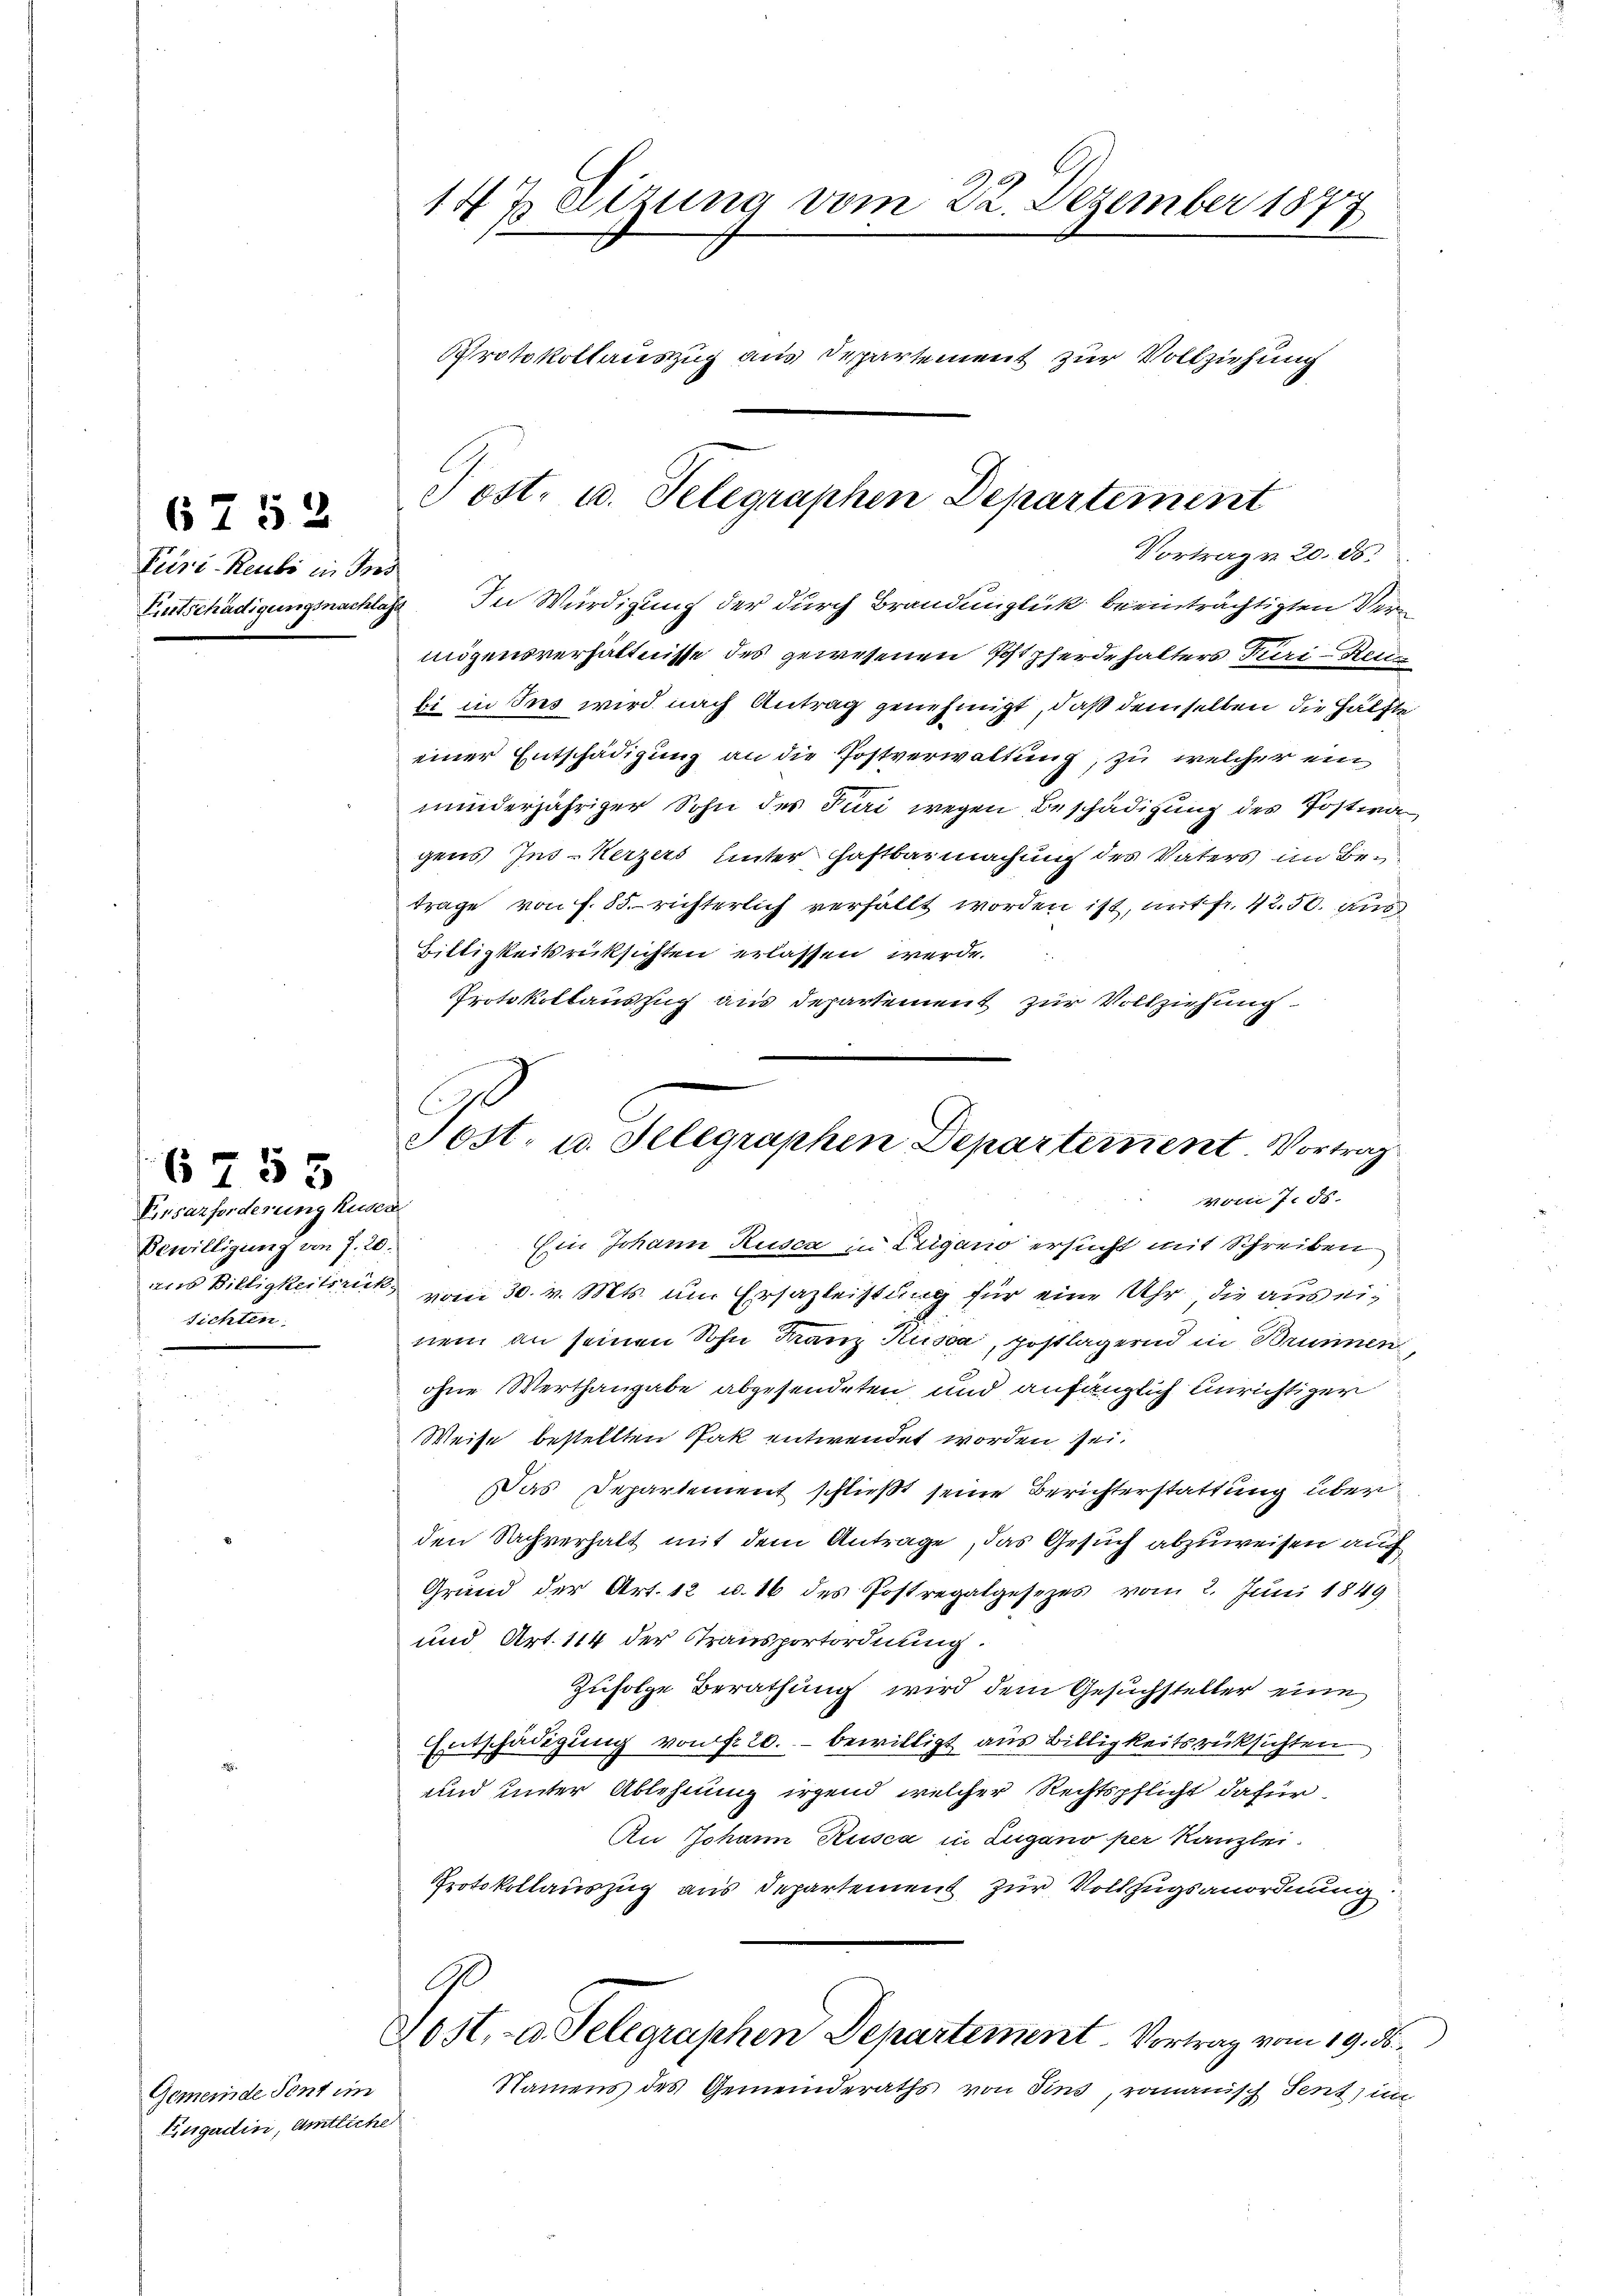
6752
Priri Reubi in Ins

6753

Einsazforderung husen
Bewilligung von 7. 20.
aus Billigkeitsrück.
sichten.

Gemeinde Sent im
Engadin, Amtliche

147 Sizung vom 22. Dezember 1877
Protokollauszug aus Departement zur Vollziehung

Entschädigungsnachlass. In Würdigung der durch Brandunglück beeinträchtigten Verm
mögensverhältnisse des gewesenen Postpferdehalters Furi-Reile
bi in Ins wird nach Antrag genehmigt, daß demselben die Hälfte
einer Entschädigung an die Postverwaltung, zu welcher ein
minderjähriger Sohn des Turi wegen Beschädigung des Postwagens Ins - Herzers unter Haftbar machung des Vaters im Betrage von f. 85. richterlich verfällt worden ist, mit fr. 12.50. aus
Biltigkeitsrücksichten erlassen werde.
Protokollauszug aus Departement zur Vollziehung
Ein Johann Rusca in Trigano ersucht mit Schreiben
vom 30. v. Mts. um Ersazleistung für eine Uhr die aus einem an seinen Sohn Franz Kussa, postlagernd in Brunnen,
ohne Werthangabe abgesendeten, und anfänglich einrichtiger
Weise bestellten Pak entwendet worden, sei.
Das Departement schließt seine Berichterstattung überden Sachverhalt mit dem Antrage, das Gesuch abzuweisen auch
Grund der Art. 12 u. 16 des Postregalgesezes vom 2. Juni 1849
und Art. 114 der Transportordnung.
Zufolge Berathung wird dem Gesuchsteller eine
Entschädigung von fr. 20. bewilligt aus Billigkeitsrücksichten
und unter Ablehnung irgend welcher Rechtspflicht dafür
Au Johann Rusca in Lugano per Kanzlei.
Protokollauszug aus Departement zur Vollzugsanordnung
G
Lost, - u. Telegraphen Departement. Vortrag vom 19. ds.
Namens des Gemeinderaths von Sins, romanisch Sent, in

Post- u. Telegraphen Departement
Vortrag v. 20. ds.

C
Sost- u. Selegraphen Departement. Vortrag
vom 7. ds.